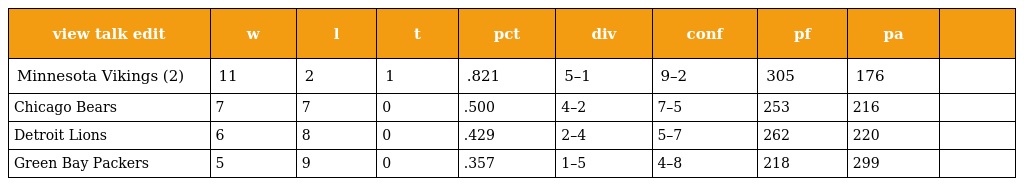
| view talk edit | w | l | t | pct | div | conf | pf | pa |  |
 | --- | --- | --- | --- | --- | --- | --- | --- | --- | --- |
 | Minnesota Vikings (2) | 11 | 2 | 1 | .821 | 5–1 | 9–2 | 305 | 176 |  |
 | Chicago Bears | 7 | 7 | 0 | .500 | 4–2 | 7–5 | 253 | 216 |  |
 | Detroit Lions | 6 | 8 | 0 | .429 | 2–4 | 5–7 | 262 | 220 |  |
 | Green Bay Packers | 5 | 9 | 0 | .357 | 1–5 | 4–8 | 218 | 299 |  |